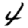
Digit: 4